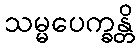
သမ္မပေက္ခန္တိ